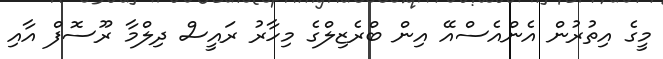
މީގެ އިތުރުން އެންއެސްއޭ އިން ބްރެޒިލްގެ މިހާރު ރައީސް ދިލްމާ ރޫސޮފް އާއި